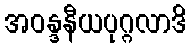
အဝန္ဒနီယပုဂ္ဂလာဒိ